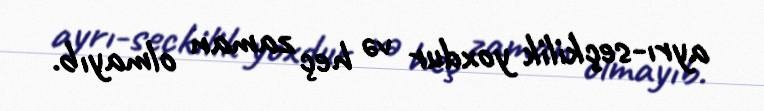
ayrı-seçkilik yoxdur və heç zaman olmayıb.